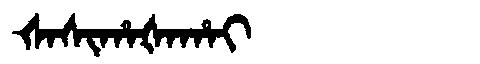
Manchu: ᡧᠠᠰᡳᡥᠠᡧᠠᡥᠠᡳ
Romanization: ŠASIHAŠAHAI